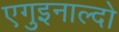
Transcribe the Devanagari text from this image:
एगुइनाल्दो